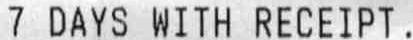
7 DAYS WITH RECEIPT.